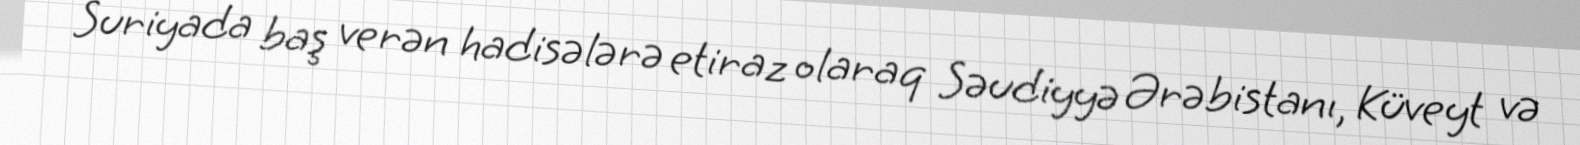
Suriyada baş verən hadisələrə etiraz olaraq Səudiyyə Ərəbistanı, Küveyt və